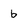
Character: b